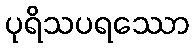
ပုရိသပရဿော